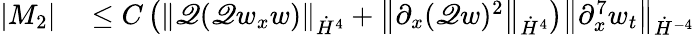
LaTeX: \begin{array}{rl}{\left|M_{2}\right|}&{{}\leq C\left(\left\| \mathscr{Q}(\mathscr{Q}w_{x}w)\right\| _{\dot{H}^{4}}+\left\| \partial_{x}(\mathscr{Q}w)^{2}\right\| _{\dot{H}^{4}}\right)\left\| \partial_{x}^{7}w_{t}\right\| _{\dot{H}^{-4}}}\end{array}